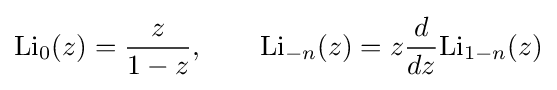
\mathrm {Li} _{0}(z)={\frac {z}{1-z}},\qquad \mathrm {Li} _{-n}(z)=z{\frac {d}{dz}}\mathrm {Li} _{1-n}(z)